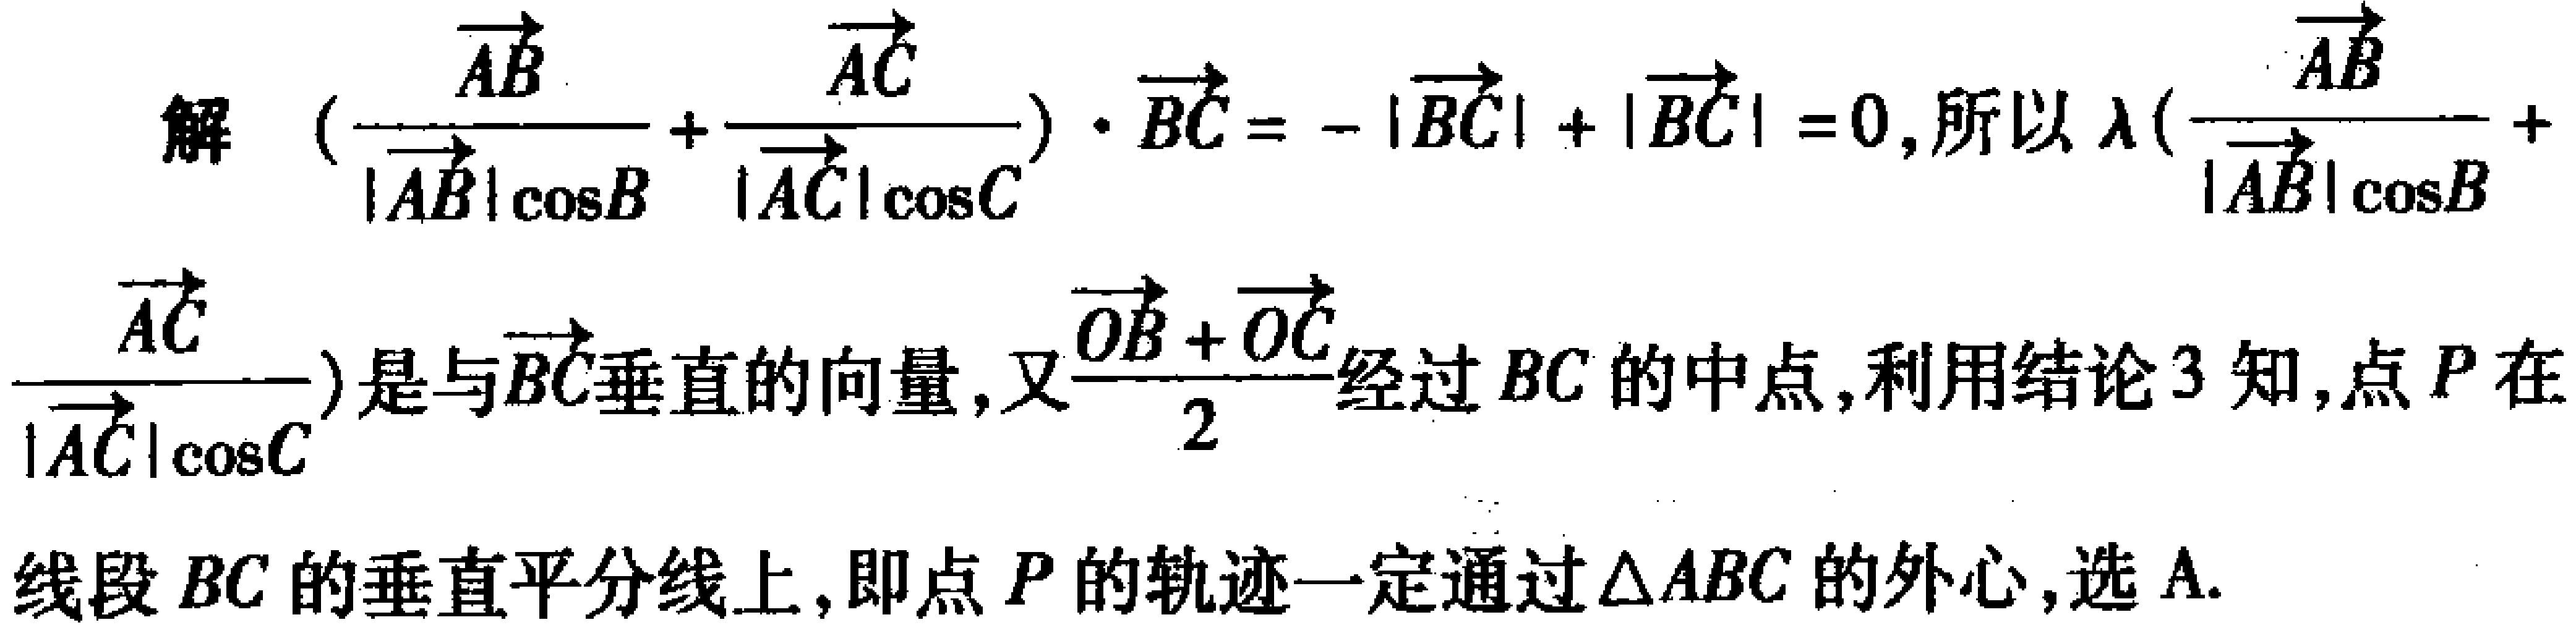
解 \((\frac{\overrightarrow{AB}}{|\overrightarrow{AB}|\cos B}+\frac{\overrightarrow{AC}}{|\overrightarrow{AC}|\cos C})\cdot\overrightarrow{BC}=-|\overrightarrow{BC}| + |\overrightarrow{BC}| = 0\)，所以 \(\lambda(\frac{\overrightarrow{AB}}{|\overrightarrow{AB}|\cos B}+\frac{\overrightarrow{AC}}{|\overrightarrow{AC}|\cos C})\) 是与 \(\overrightarrow{BC}\) 垂直的向量，又 \(\frac{\overrightarrow{OB}+\overrightarrow{OC}}{2}\) 经过 \(BC\) 的中点，利用结论 \(3\) 知，点 \(P\) 在线段 \(BC\) 的垂直平分线上，即点 \(P\) 的轨迹一定通过 \(\triangle ABC\) 的外心，选 A.